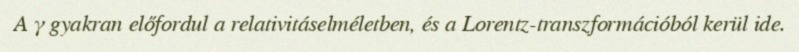
A γ gyakran előfordul a relativitáselméletben, és a Lorentz-transzformációból kerül ide.